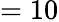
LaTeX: =10